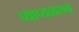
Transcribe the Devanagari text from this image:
व्याप्यव्यापक